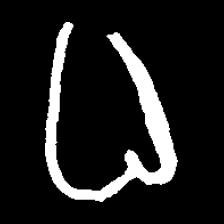
Pyu character \u2014 Myanmar letter: ဓ (romanized: dha)